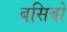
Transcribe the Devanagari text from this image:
बसिबो